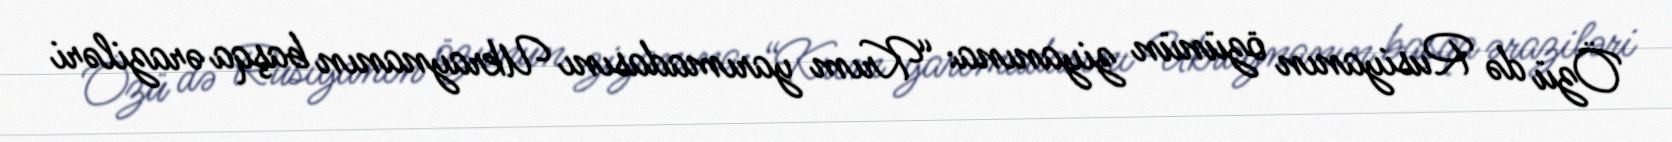
Özü də Rusiyanın özünün ziyanına: “Krım yarımadasını Ukraynanın başqa əraziləri